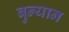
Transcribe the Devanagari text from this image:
बुन्यान